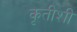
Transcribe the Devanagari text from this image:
कृतीशी